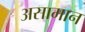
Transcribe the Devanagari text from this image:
असामान